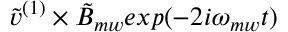
\tilde { v } ^ { ( 1 ) } \times \tilde { B } _ { m w } e x p ( - 2 i \omega _ { m w } t )